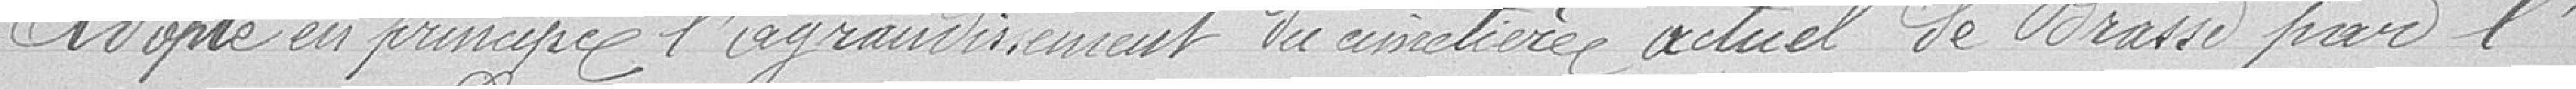
Adopte en principe, l'agrandissement du cimetière actuel de Brasse par l'